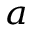
^ { a }